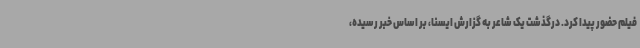
فیلم حضور پیدا کرد. درگذشت یک شاعر به گزارش ایسنا، بر اساس خبر رسیده،